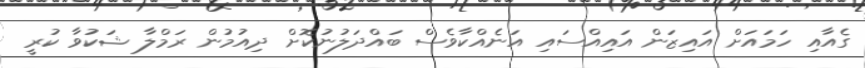
ގެއާއި ހަމައަށް އައިޒަން އައިއްސައި އަނެއްކާވެސް ބައްދަލުނުކޮށް ދިއުމުން ރަމްލާ ޝަކުވާ ކުރީ